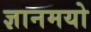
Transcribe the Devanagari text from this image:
ज्ञानमयो